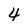
Character: 4